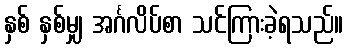
နှစ် နှစ်မျှ အင်္ဂလိပ်စာ သင်ကြားခဲ့ရသည်။